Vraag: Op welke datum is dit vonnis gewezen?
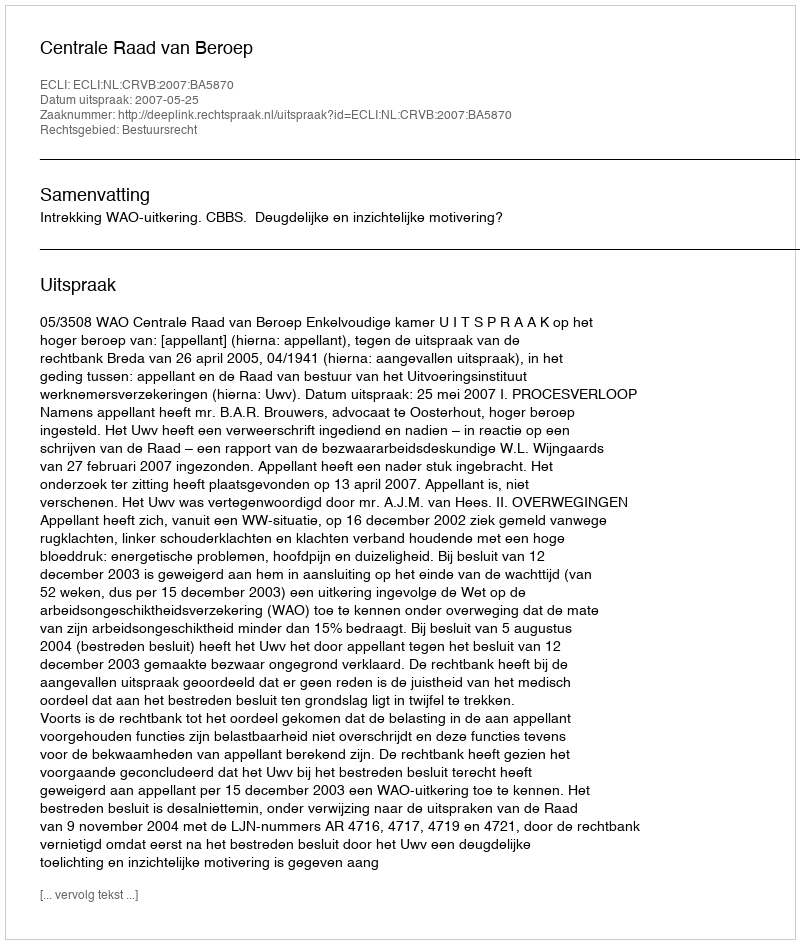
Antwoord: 2007-05-25